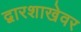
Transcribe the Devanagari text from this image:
द्वारशाखेवर